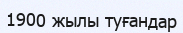
1900 жылы туғандар